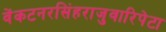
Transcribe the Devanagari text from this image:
वेंकटनरसिंहराजुवारिपेटा